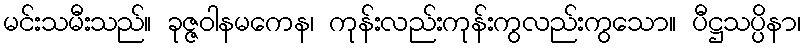
မင်းသမီးသည်။ ခုဇ္ဇဝါနမကေန၊ ကုန်းလည်းကုန်းကွလည်းကွသော။ ပီဋ္ဌသပ္ပိနာ၊